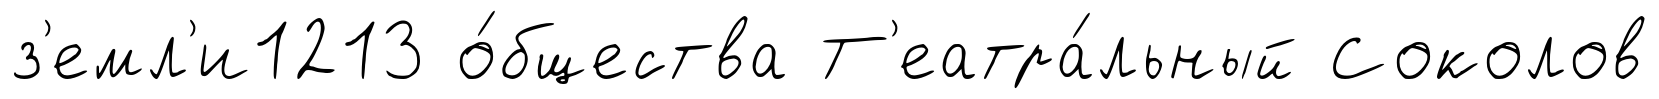
з'емл'и1213 о́бщества Т'еатра́льный Соколов